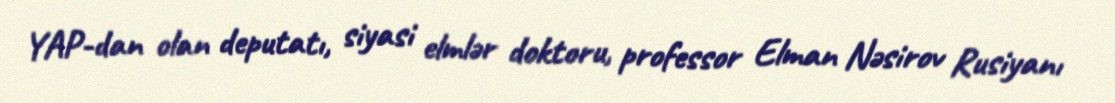
YAP-dan olan deputatı, siyasi elmlər doktoru, professor Elman Nəsirov Rusiyanı